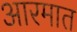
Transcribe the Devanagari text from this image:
आरमात